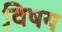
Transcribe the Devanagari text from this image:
वि़षय